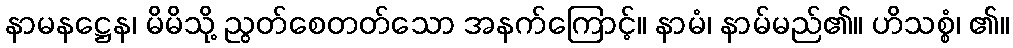
နာမနဋ္ဌေန၊ မိမိသို့ ညွတ်စေတတ်သော အနက်ကြောင့်။ နာမံ၊ နာမ်မည်၏။ ဟိသစ္စံ၊ ၏။